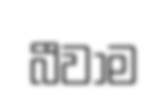
බීවාම